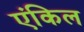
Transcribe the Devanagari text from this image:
एंकिल